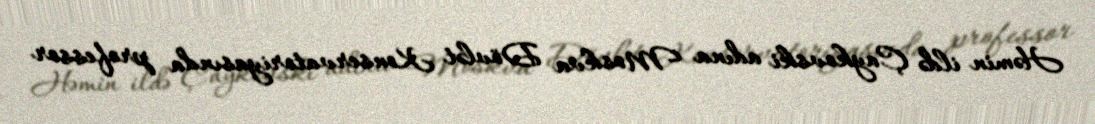
Həmin ildə Çaykovski adına Moskva Dövlət Konservatoriyasında professor